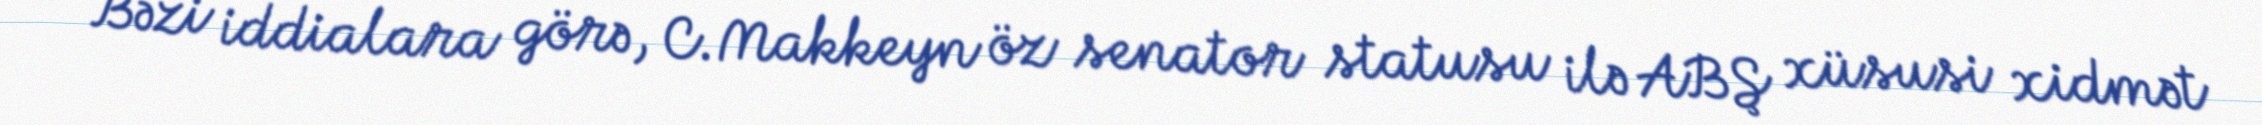
Bəzi iddialara görə, C.Makkeyn öz senator statusu ilə ABŞ xüsusi xidmət